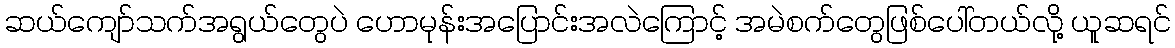
ဆယ်ကျော်သက်အရွယ်တွေပဲ ဟောမုန်းအပြောင်းအလဲကြောင့် အမဲစက်တွေဖြစ်ပေါ်တယ်လို့ ယူဆရင်